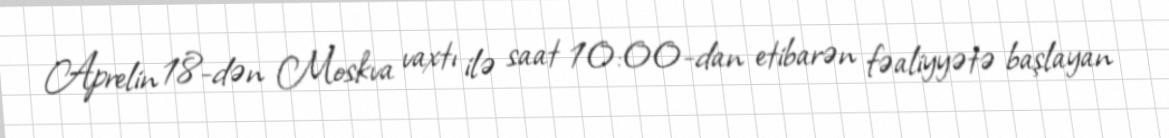
Aprelin 18-dən Moskva vaxtı ilə saat 10:00-dan etibarən fəaliyyətə başlayan